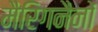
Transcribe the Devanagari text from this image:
मैरिगनैनों